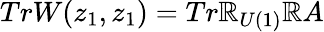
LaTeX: TrW(z_{1},z_{1})=Tr\mathbb{R}_{U(1)}\mathbb{R}A